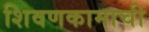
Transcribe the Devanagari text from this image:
शिवणकामाची